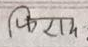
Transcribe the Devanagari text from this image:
फिराम